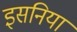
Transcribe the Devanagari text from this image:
इसनिया